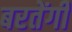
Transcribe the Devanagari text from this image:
बरतेंगी